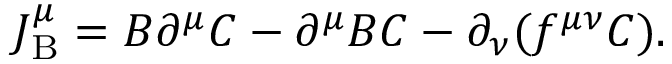
J _ { \mathrm { B } } ^ { \mu } = B \partial ^ { \mu } C - \partial ^ { \mu } B C - \partial _ { \nu } ( f ^ { \mu \nu } C ) .